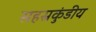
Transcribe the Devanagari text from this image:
सहस्रकुंडीय